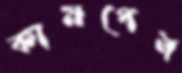
কামপেন